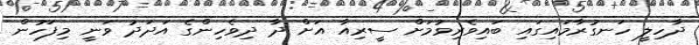
ދާހިލީ ހަނގުރާމައިގައި ބައިވެރިވުމަށް ސީރިއާ އަށް ދާ ދިވެހިންގެ އަދަދު ވަނީ މިފަހުން